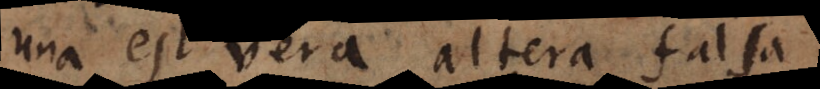
una est vera, altera falsa)